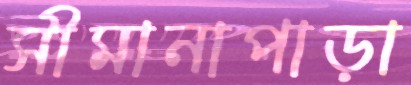
সীমানাপাড়া